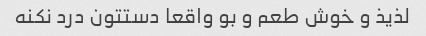
لذیذ و خوش طعم و بو واقعا دستتون درد نکنه